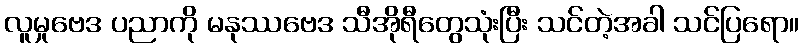
လူမှုဗေဒ ပညာကို မနုဿဗေဒ သီအိုရီတွေသုံးပြီး သင်တဲ့အခါ သင်ပြရော။